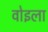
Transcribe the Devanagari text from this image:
वोइला